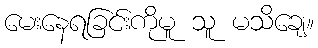
မေးနေရခြင်းကိုမူ သူ မသိချေ။